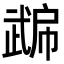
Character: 𭭮